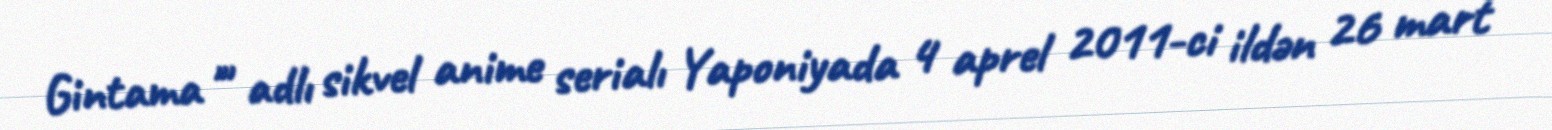
Gintama '" adlı sikvel anime serialı Yaponiyada 4 aprel 2011-ci ildən 26 mart